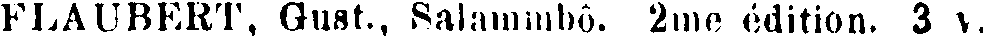
FLAUBERT, Gust., Salammbô. 2me édition. 3 v.